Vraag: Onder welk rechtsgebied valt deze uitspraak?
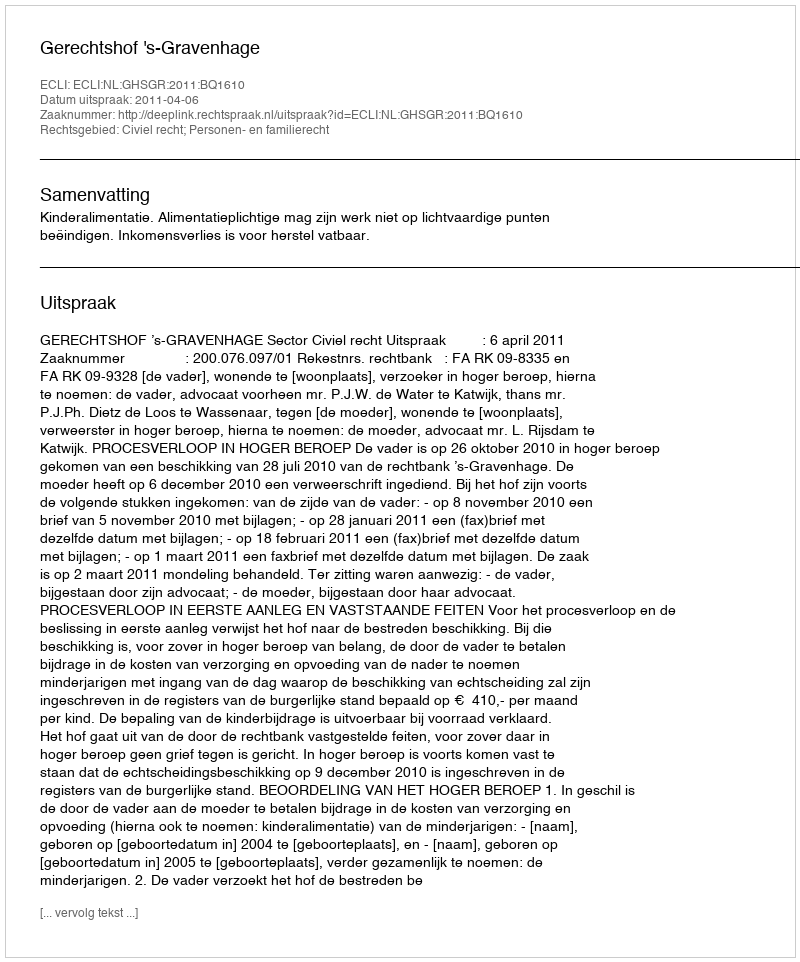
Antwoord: Civiel recht; Personen- en familierecht